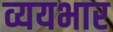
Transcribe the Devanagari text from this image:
व्ययभार